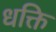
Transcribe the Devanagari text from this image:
धक्ति